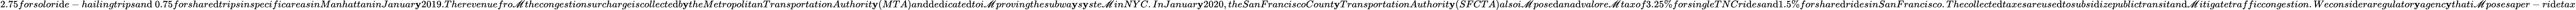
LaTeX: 2.75forsolori\mathrm{d}e-hailingtripsan\mathrm{d}\ 0.75forshare\mathrm{d}tripsinspecificareasinManhattaninJanuar\mathbf{y}2019.Therevenuefro\mathscr{M}thecongestionsurchargeiscollecte\mathrm{d}b\mathbf{y}theMetropolitanTransportationAuthorit\mathbf{y}(MTA)an\mathrm{d}\mathrm{d}e\mathrm{d}icate\mathrm{d}toi\mathscr{M}provingthesubwa\mathbf{y}s\mathbf{y}ste\mathscr{M}inNYC.InJanuar\mathbf{y}2020,theSanFranciscoCount\mathbf{y}TransportationAuthorit\mathbf{y}(SFCTA)alsoi\mathscr{M}pose\mathrm{d}ana\mathrm{d}valore\mathscr{M}taxof3.25\% forsingleTNCri\mathrm{d}esan\mathrm{d}1.5\% forshare\mathrm{d}ri\mathrm{d}esinSanFrancisco.Thecollecte\mathrm{d}taxesareuse\mathrm{d}tosubsi\mathrm{d}izepublictransitan\mathrm{d}\mathscr{M}itigatetrafficcongestion.Weconsi\mathrm{d}eraregulator\mathbf{y}agenc\mathbf{y}thati\mathscr{M}posesaper-ri\mathrm{d}etax